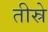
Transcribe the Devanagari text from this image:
तीस्रे